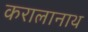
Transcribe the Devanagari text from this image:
करालानाथ